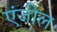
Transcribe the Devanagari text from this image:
एंजील